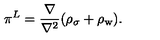
\mathrm { \boldmath \pi } ^ { L } = \frac { \bf \nabla \mathrm { } } { \bf \nabla \mathrm { ^ 2 } } ( \rho _ { \sigma } + \rho _ { \mathrm { w } } ) .